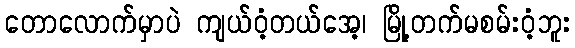
တောလောက်မှာပဲ ကျယ်ဝံ့တယ်အေ့၊ မြို့တက်မစမ်းဝံ့ဘူး